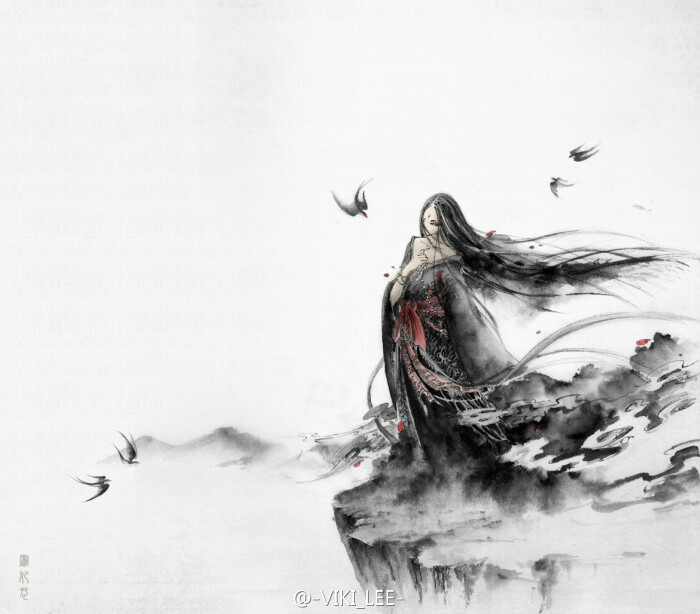
尽叫得鹃声碎，却教人空断肠。